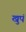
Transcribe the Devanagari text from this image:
खुपं